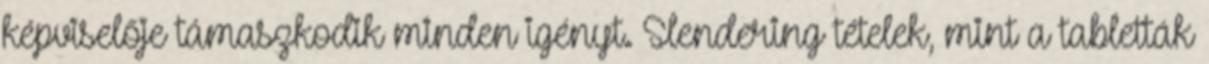
képviselője támaszkodik minden igényt. Slendering tételek, mint a tabletták